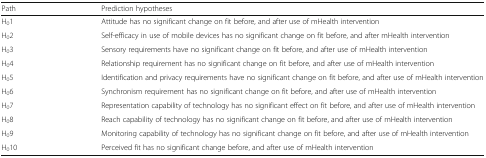
| Path | Prediction hypotheses |
 | --- | --- |
 | H01 | Attitude has no significant change on fit before, and after use of mHealth intervention |
 | H02 | Self-efficacy in use of mobile devices has no significant change on fit before, and after mHealth intervention |
 | H03 | Sensory requirements have no significant change on fit before, and after use of mHealth intervention |
 | H04 | Relationship requirement has no significant change on fit before, and after use of mHealth intervention |
 | H05 | Identification and privacy requirements have no significant change on fit before, and after use of mHealth intervention |
 | H06 | Synchronism requirement has no significant change on fit before, and after use of mHealth intervention |
 | H07 | Representation capability of technology has no significant effect on fit before, and after use of mHealth intervention |
 | H08 | Reach capability of technology has no significant change on fit before, and after use of mHealth intervention |
 | H09 | Monitoring capability of technology has no significant change on fit before, and after use of mHealth intervention |
 | H010 | Perceived fit has no significant change before, and after use of mHealth intervention |